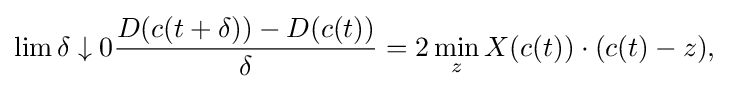
\displaystyle {\lim {\delta \downarrow 0}{D(c(t+\delta ))-D(c(t)) \over \delta }=2\min _{z}X(c(t))\cdot (c(t)-z),}